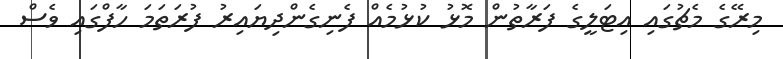
މިރޭގެ މެޗުގައި އިޓަލީގެ ފަރާތުން މޮޅު ކުޅުމެއް ފެނިގެންދިޔައިރު ފުރަތަމަ ހާފްގައި ވެސް